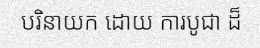
បរិនាយក ដោយ ការបូជា ដ៏